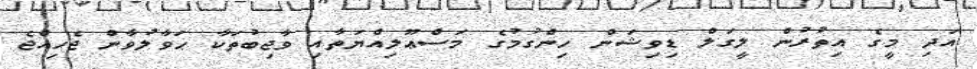
އަދި މީގެ އިތުރުން ލީގަލް ޑިވިޝަން ހިންގުމުގެ މަސްޢޫލިއްޔަތާއި ވާޖިބުތަކާ ޙަވާލުވާން ޖެހިއްޖެ